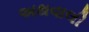
અથવાલી